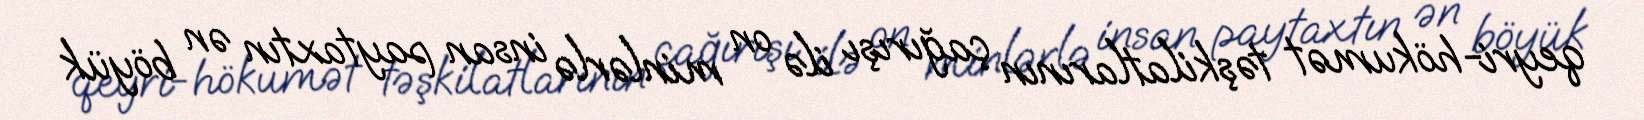
qeyri-hökumət təşkilatlarının çağırışı ilə on minlərlə insan paytaxtın ən böyük